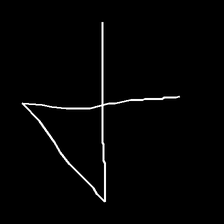
Glyph: collection